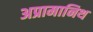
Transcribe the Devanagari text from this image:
अप्रामानिथ